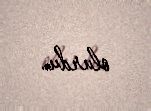
olurdu.